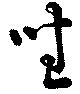
坐